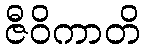
ဇီဝိကာတိ